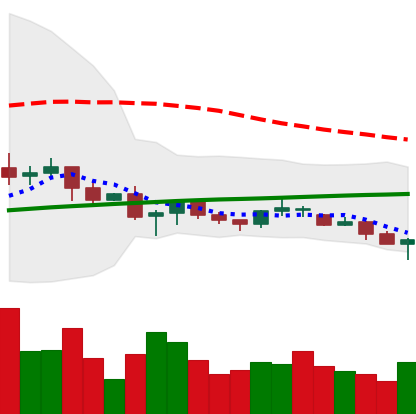
Ticker: XRP-USD
Chart end date: 2021-06-20
Forward return: -21.002%
Label: down_7plus